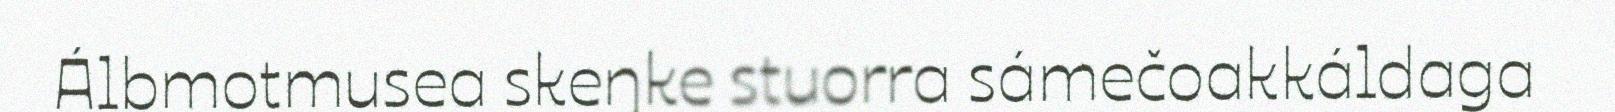
Álbmotmusea skeŋke stuorra sámečoakkáldaga